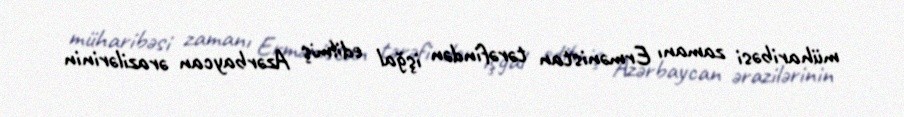
müharibəsi zamanı Ermənistan tərəfindən işğal edilmiş Azərbaycan ərazilərinin